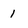
Character: 1